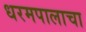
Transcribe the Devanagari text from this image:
धरमपालाचा